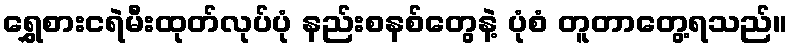
ရွှေစားငရဲမီးထုတ်လုပ်ပုံ နည်းစနစ်တွေနဲ့ ပုံစံ တူတာတွေ့ရသည်။